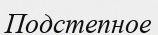
Подстепное